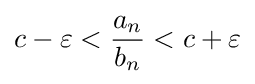
c-\varepsilon <{\frac {a_{n}}{b_{n}}}<c+\varepsilon